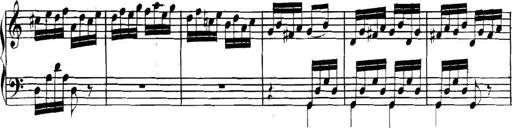
Title: Collected Piano Sonatas
Composer: Muzio Clementi